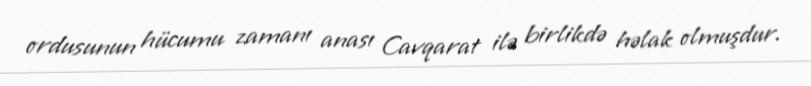
ordusunun hücumu zamanı anası Cavqarat ilə birlikdə həlak olmuşdur.